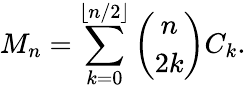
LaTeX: M_{n}=\sum_{k=0}^{\lfloor n/2\rfloor}{\binom{n}{2k}}C_{k}.